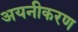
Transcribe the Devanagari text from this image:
अयनीकरण